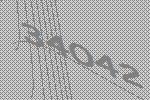
34042